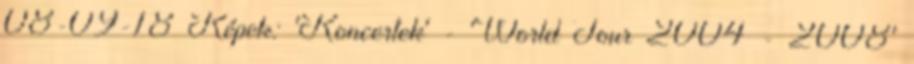
08-09-18 Képek: 'Koncertek' - 'World Tour 2004 - 2008'